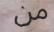
من